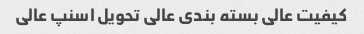
کیفیت عالی بسته بندی عالی تحویل اسنپ عالی